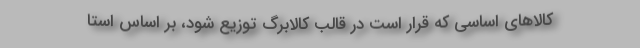
کالاهای اساسی که قرار است در قالب کالابرگ توزیع شود، بر اساس استا